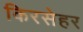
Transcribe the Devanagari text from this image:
किरसेहर